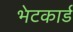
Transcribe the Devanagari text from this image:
भेटकार्ड